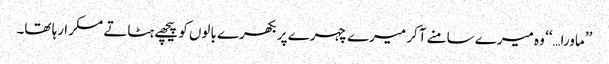
’’ماورا…‘‘ وہ میرے سامنے آکر میرے چہرے پر بکھرے بالوں کو پیچھے ہٹاتے مسکرا رہا تھا۔